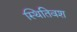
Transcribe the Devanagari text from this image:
स्थितिवश